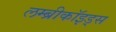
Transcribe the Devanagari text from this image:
लम्ब्रीकॉइड्स